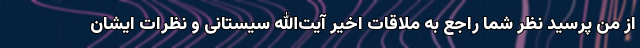
از من پرسید نظر شما راجع به ملاقات اخیر آیت‌الله سیستانی و نظرات ایشان